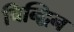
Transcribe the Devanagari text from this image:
चिन्द्विन